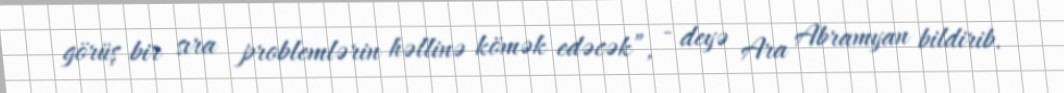
görüş bir sıra problemlərin həllinə kömək edəcək”, - deyə Ara Abramyan bildirib.